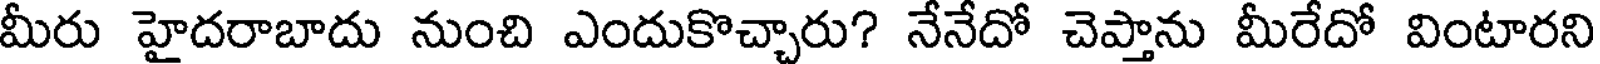
మీరు హైదరాబాదు నుంచి ఎందుకొచ్చారు? నేనేదో చెప్తాను మీరేదో వింటారని